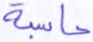
حاسبة